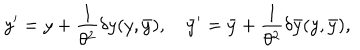
y ^ { \prime } = y + { \frac { 1 } { \theta ^ { 2 } } } \delta y ( y , \bar { y } ) , \quad \bar { y } ^ { \prime } = \bar { y } + { \frac { 1 } { \theta ^ { 2 } } } \delta \bar { y } ( y , \bar { y } ) ,